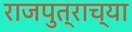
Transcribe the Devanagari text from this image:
राजपुत्राच्या